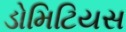
ડોમિટિયસ